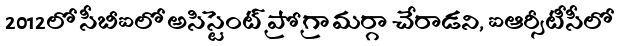
2012లో సీబీఐలో అసిస్టెంట్ ప్రోగ్రామర్గా చేరాడని, ఐఆర్సీటీసీలో